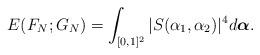
LaTeX: \begin{align*}E(F_N;G_N)=\int_{[0,1]^2}|S(\alpha_1,\alpha_2)|^4d\boldsymbol{\alpha}.\end{align*}